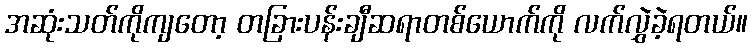
အဆုံးသတ်ကိုကျတော့ တခြားပန်းချီဆရာတစ်ယောက်ကို လက်လွှဲခဲ့ရတယ်။